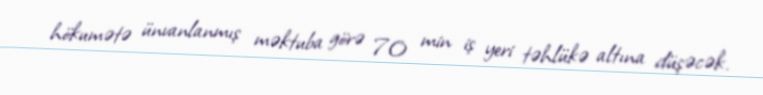
hökumətə ünvanlanmış məktuba görə 70 min iş yeri təhlükə altına düşəcək.